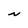
Character: N